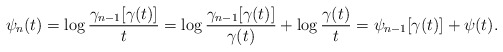
\begin{align*}\psi_n(t)=\log\frac{\gamma_{n-1}[\gamma(t)]}{t}=\log\frac{\gamma_{n-1}[\gamma(t)]}{\gamma(t)}+\log\frac{\gamma(t)}{t}=\psi_{n-1}[\gamma(t)]+\psi(t).\end{align*}